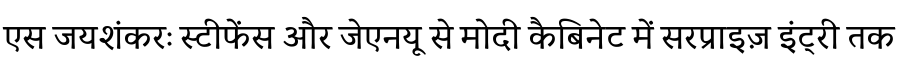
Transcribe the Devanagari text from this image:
एस जयशंकरः स्टीफेंस और जेएनयू से मोदी कैबिनेट में सरप्राइज़ इंट्री तक